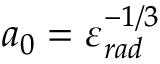
a _ { 0 } = \varepsilon _ { r a d } ^ { - 1 / 3 }